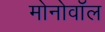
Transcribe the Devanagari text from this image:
मोनोवॉल